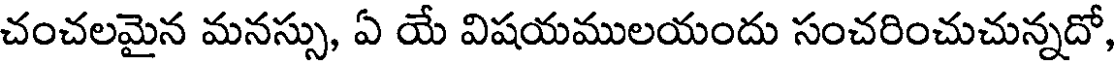
చంచలమైన మనస్సు, ఏ యే విషయములయందు సంచరించుచున్నదో